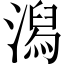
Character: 潟